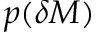
p ( \delta M )